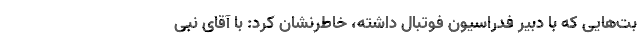
بت‌هایی که با دبیر فدراسیون فوتبال داشته، خاطرنشان کرد: با آقای نبی